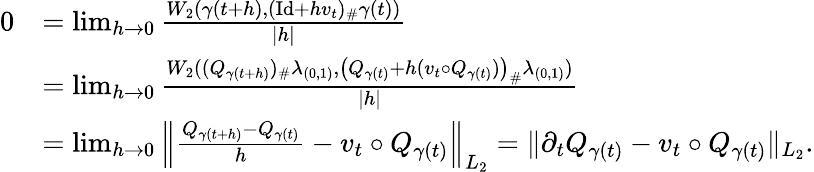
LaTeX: \begin{array}{rl}{0}&{=\operatorname*{lim}_{h\to 0}\frac{W_{2}(\gamma(t+h),(\mathrm{Id}+hv_{t})_{\# }\gamma(t))}{|h|}}\\ &{=\operatorname*{lim}_{h\to 0}\frac{W_{2}((Q_{\gamma(t+h)})_{\# }\lambda_{(0,1)},\bigl(Q_{\gamma(t)}+h(v_{t}\circ Q_{\gamma(t)})\bigr)_{\# }\lambda_{(0,1)})}{|h|}}\\ &{=\operatorname*{lim}_{h\to 0}\Big\| \frac{Q_{\gamma(t+h)}-Q_{\gamma(t)}}{h}-v_{t}\circ Q_{\gamma(t)}\Big\| _{L_{2}}=\| \partial_{t}Q_{\gamma(t)}-v_{t}\circ Q_{\gamma(t)}\| _{L_{2}}.}\end{array}